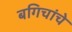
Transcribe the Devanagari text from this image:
बगिचांचे